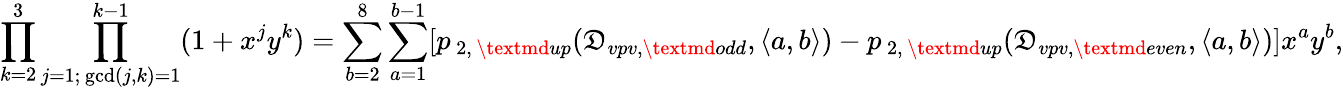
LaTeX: \prod_{k=2}^{3}\prod_{\substack{j=1;\, \operatorname*{gcd}(j,k)=1}}^{k-1}(1+x^{j}y^{k})=\sum_{b=2}^{8}\sum_{a=1}^{b-1}[p_{\, 2,\, \textmd{up}}(\mathfrak{D}_{vpv,\textmd{odd}},\langle a,b\rangle)-p_{\, 2,\, \textmd{up}}(\mathfrak{D}_{vpv,\textmd{even}},\langle a,b\rangle)]x^{a}y^{b},